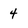
Character: 4